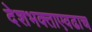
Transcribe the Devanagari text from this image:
देशभक्ताएवढाच